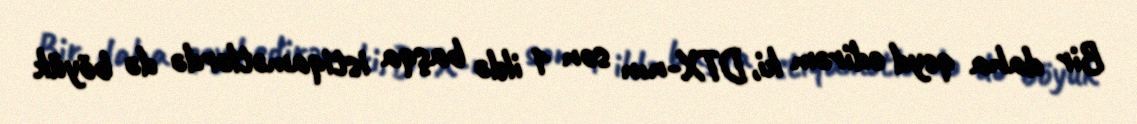
Bir daha qeyd edirəm ki, DTX-nın son 1 ildə başqa istiqamətlərdə də böyük